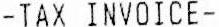
-TAX INVOICE-